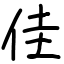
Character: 佳